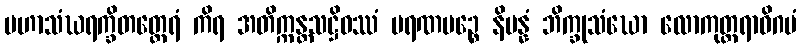
မဟာသံဃရက္ခိတတ္ထေရံ ကိရ အတိက္ကန္တသဋ္ဌိဝဿံ မရဏမဉ္စေ နိပန္နံ ဘိက္ခုသံဃော လောကုတ္တရာဓိဂမံ